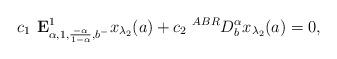
LaTeX: \begin{align*} c_1 \textbf{ E}^1_{\alpha,1, \frac{-\alpha}{1-\alpha},b^-}x_{\lambda_2}(a)+ c_2 ~^{ABR}D_b^\alpha x_{\lambda_2}(a)=0,\end{align*}